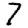
Digit: 7